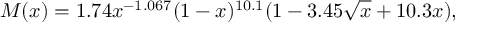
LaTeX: M ( x ) = 1 . 7 4 x ^ { - 1 . 0 6 7 } ( 1 - x ) ^ { 1 0 . 1 } ( 1 - 3 . 4 5 \sqrt { x } + 1 0 . 3 x ) ,